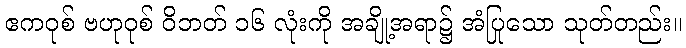
ဧကဝုစ် ဗဟုဝုစ် ဝိဘတ် ၁၆ လုံးကို အချို့အရာ၌ အံပြုသော သုတ်တည်း။